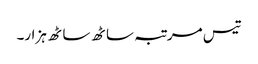
تیس مرتبہ ساٹھ ساٹھ ہزار۔